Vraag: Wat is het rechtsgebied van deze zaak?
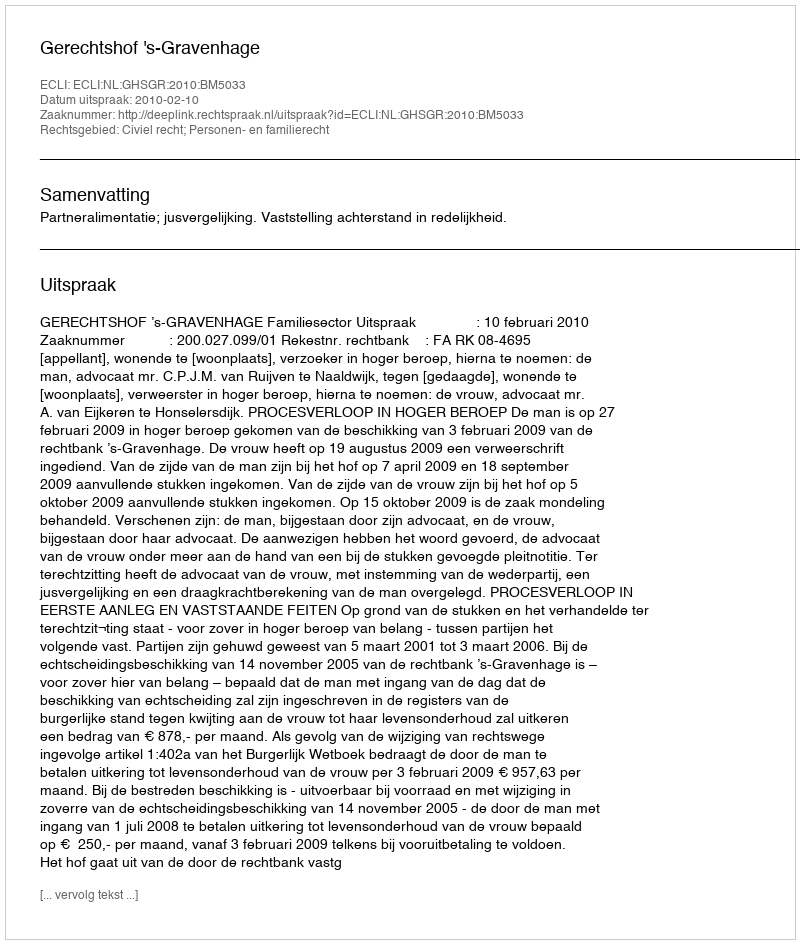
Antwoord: Civiel recht; Personen- en familierecht